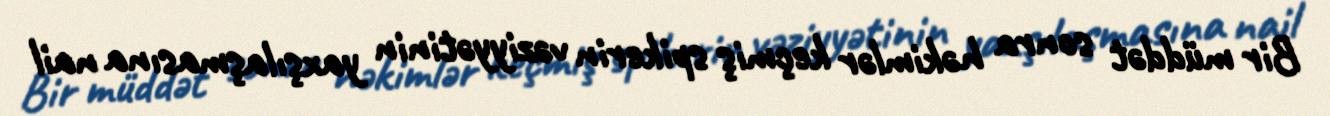
Bir müddət sonra həkimlər keçmiş spikerin vəziyyətinin yaxşılaşmasına nail